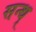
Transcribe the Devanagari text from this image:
सन्थ्